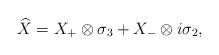
LaTeX: \begin{align*}\widehat{X}=X_+\otimes\sigma_3+X_-\otimes i\sigma_2, \end{align*}